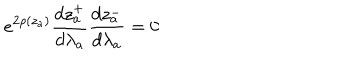
e ^ { 2 \rho ( z _ { a } ) } \frac { d z _ { a } ^ { + } } { d \lambda _ { a } } \frac { d z _ { a } ^ { - } } { d \lambda _ { a } } = 0